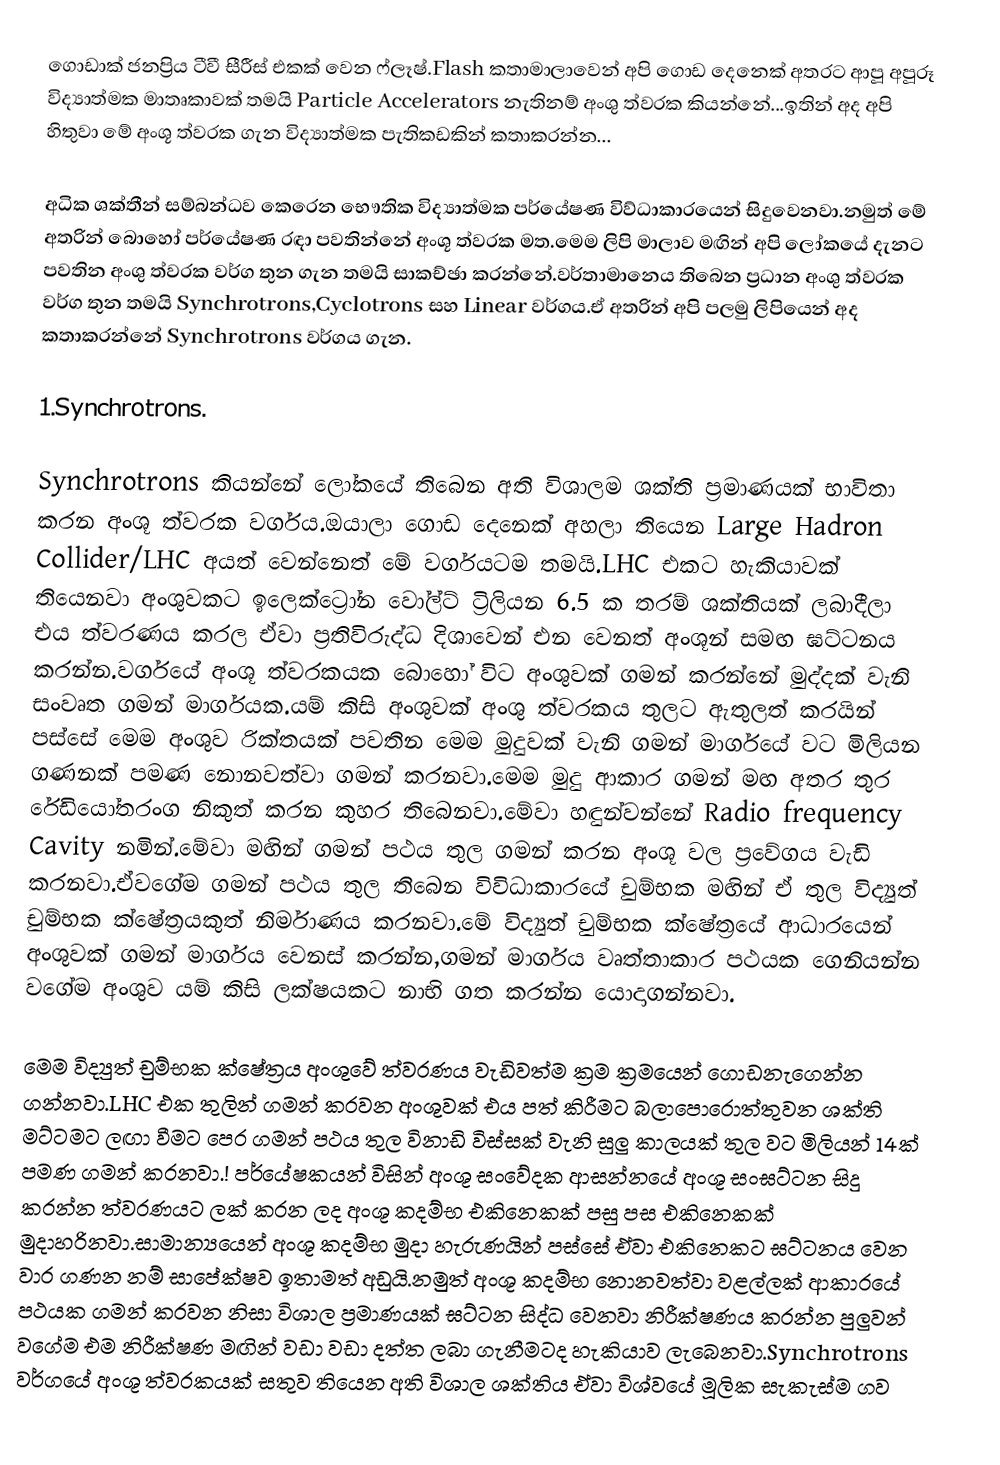
ගොඩාක් ජනප්‍රිය ටීවී සීරීස් එකක් වෙන ෆ්ලෑෂ්.Flash කතාමාලාවෙන් අපි ගොඩ දෙනෙක් අතරට ආපූ අපූරූ විද්‍යාත්මක මාතෘකාවක් තමයි Particle Accelerators නැතිනම් අංශු ත්වරක කියන්නේ...ඉතින් අද අපි හිතුවා මේ අංශූ ත්වරක ගැන විද්‍යාත්මක පැතිකඩකින් කතාකරන්න...

අධික ශක්තීන් සම්බන්ධව කෙරෙන භෞතික විද්‍යාත්මක පර්යේෂණ විව්ධාකාරයෙන් සිදුවෙනවා.නමුත් මේ අතරින් බොහෝ පර්යේෂණ රඳා පවතින්නේ අංශූ ත්වරක මත.මෙම ලිපි මාලාව මඟින් අපි ලෝකයේ දැනට පවතින අංශු ත්වරක වර්ග තුන ගැන තමයි සාකච්ඡා කරන්නේ.වර්තාමානෙය තිබෙන ප්‍රධාන අංශු ත්වරක වර්ග තුන තමයි Synchrotrons,Cyclotrons සහ Linear වර්ගය.ඒ අතරින් අපි පලමු ලිපියෙන් අද කතාකරන්නේ Synchrotrons වර්ගය ගැන.

1.Synchrotrons.

Synchrotrons කියන්නේ ලෝකයේ තිබෙන අති විශාලම ශක්ති ප්‍රමාණයක් භාවිතා කරන අංශූ ත්වරක වර්ගය.ඔයාලා ගොඩ දෙනෙක් අහලා තියෙන Large Hadron Collider/LHC අයත් වෙන්නෙත් මේ වර්ගයටම තමයි.LHC එකට හැකියාවක් තියෙනවා අංශුවකට ඉලෙක්ට්‍රෝන වෝල්ට් ට්‍රිලියන 6.5 ක තරම් ශක්තියක් ලබාදීලා එය ත්වරණය කරල ඒවා ප්‍රතිවිරුද්ධ දිශාවෙන් එන වෙනත් අංශූන් සමඟ ඝට්ටනය කරන්න.වර්ගයේ අංශූ ත්වරකයක බොහෝ විට අංශුවක් ගමන් කරන්නේ මුද්දක් වැනි සංවෘත ගමන් මාර්ගයක.යම් කිසි අංශුවක් අංශු ත්වරකය තුලට ඇතුලත් කරයින් පස්සේ මෙම අංශුව රික්තයක් පවතින මෙම මුදුවක් වැනි ගමන් මාර්ගයේ වට මිලියන ගණනක් පමණ නොනවත්වා ගමන් කරනවා.මෙම මුදු ආකාර ගමන් මඟ අතර තුර රේඩියෝතරංග නිකුත් කරන කුහර තිබෙනවා.මේවා හඳුන්වන්නේ Radio frequency Cavity නමින්.මේවා මඟින් ගමන් පථය තුල ගමන් කරන අංශූ වල ප්‍රවේගය වැඩි කරනවා.ඒවගේම ගමන් පථය තුල තිබෙන විවිධාකාරයේ චුම්භක මඟින් ඒ තුල විද්‍යුත් චුම්භක ක්ෂේත්‍රයකුත් නිර්මාණය කරනවා.මේ විද්‍යුත් චුම්භක ක්ෂේත්‍රයේ ආධාරයෙන් අංශුවක් ගමන් මාර්ගය වෙනස් කරන්න,ගමන් මාර්ගය වෘත්තාකාර පථයක ගෙනියන්න වගේම අංශුව යම් කිසි ලක්ෂයකට නාභි ගත කරන්න යොදාගන්නවා.

මෙම විද්‍යුත් චුම්භක ක්ෂේත්‍රය අංශුවේ ත්වරණය වැඩිවත්ම ක්‍රම ක්‍රමයෙන් ගොඩනැගෙන්න ගන්නවා.LHC එක තුලින් ගමන් කරවන අංශුවක් එය පත් කිරීමට බලාපොරොත්තුවන ශක්ති මට්ටමට ලඟා වීමට පෙර ගමන් පථය තුල විනාඩි විස්සක් වැනි සුලු කාලයක් තුල වට මිලියන් 14ක් පමණ ගමන් කරනවා.! පර්යේෂකයන් විසින් අංශූ සංවේදක ආසන්නයේ අංශූ සංඝට්ටන සිදු කරන්න ත්වරණයට ලක් කරන ලද අංශූ කදම්භ එකිනෙකක් පසු පස එකිනෙකක් මුදාහරිනවා.සාමාන්‍යයෙන් අංශූ කදම්භ මුදා හැරුණයින් පස්සේ ඒවා එකිනෙකට ඝට්ටනය වෙන වාර ගණන නම් සාපේක්ෂව ඉතාමත් අඩුයි.නමුත් අංශූ කදම්භ නොනවත්වා වළල්ලක් ආකාරයේ පථයක ගමන් කරවන නිසා විශාල ප්‍රමාණයක් ඝට්ටන සිද්ධ වෙනවා නිරීක්ෂණය කරන්න පුලුවන් වගේම එම නිරීක්ෂණ මඟින් වඩා වඩා දත්ත ලබා ගැනීමටද හැකියාව ලැබෙනවා.Synchrotrons වර්ගයේ අංශූ ත්වරකයක් සතුව තියෙන අති විශාල ශක්තිය ඒවා විශ්වයේ මූලික සැකැස්ම ගව